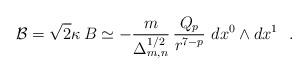
LaTeX: \begin{align*}{\cal B} = \sqrt{2}\kappa\,B \simeq-\frac{m}{\Delta_{m,n}^{1/2}}\,\frac{Q_p}{r^{7-p}}~dx^0\wedge dx^1~~.\end{align*}